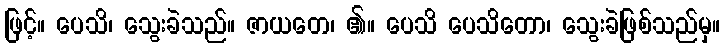
ဖြင့်။ ပေသိ၊ သွေးခဲသည်။ ဇာယတေ၊ ၏။ ပေသိ ပေသိတော၊ သွေးခဲဖြစ်သည်မှ။